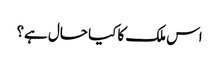
اس ملک کا کیا حال ہے؟